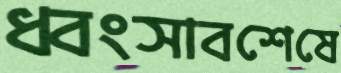
ধ্বংসাবশেষে